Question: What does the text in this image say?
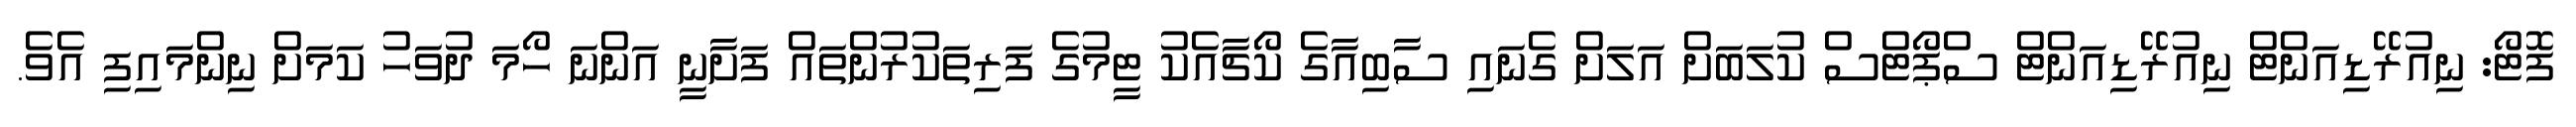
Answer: ފޮޓޯ: ނިއުރޭޑިއަންޓް ނިއުރޭޑިއަންޓް ސްޕޯޓްސް ކުލަބަށް އަލަށް ގެނައި ސާބިއާގެ ކޯޗާއެކު ޓީމުގެ ފަރިތަކުރުންތައް ފަށާނީ އަންނަ ހޯމަ ދުވަހު ކަމަށް ނިންމައިފި އެވެ.